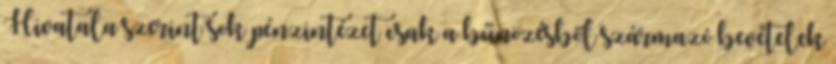
Hivatala szerint sok pénzintézet csak a bűnözésből származó bevételek